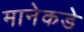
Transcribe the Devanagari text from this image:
मानेकडे